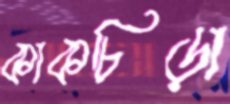
কাকচিড়া